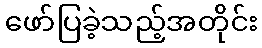
ဖော်ပြခဲ့သည့်အတိုင်း